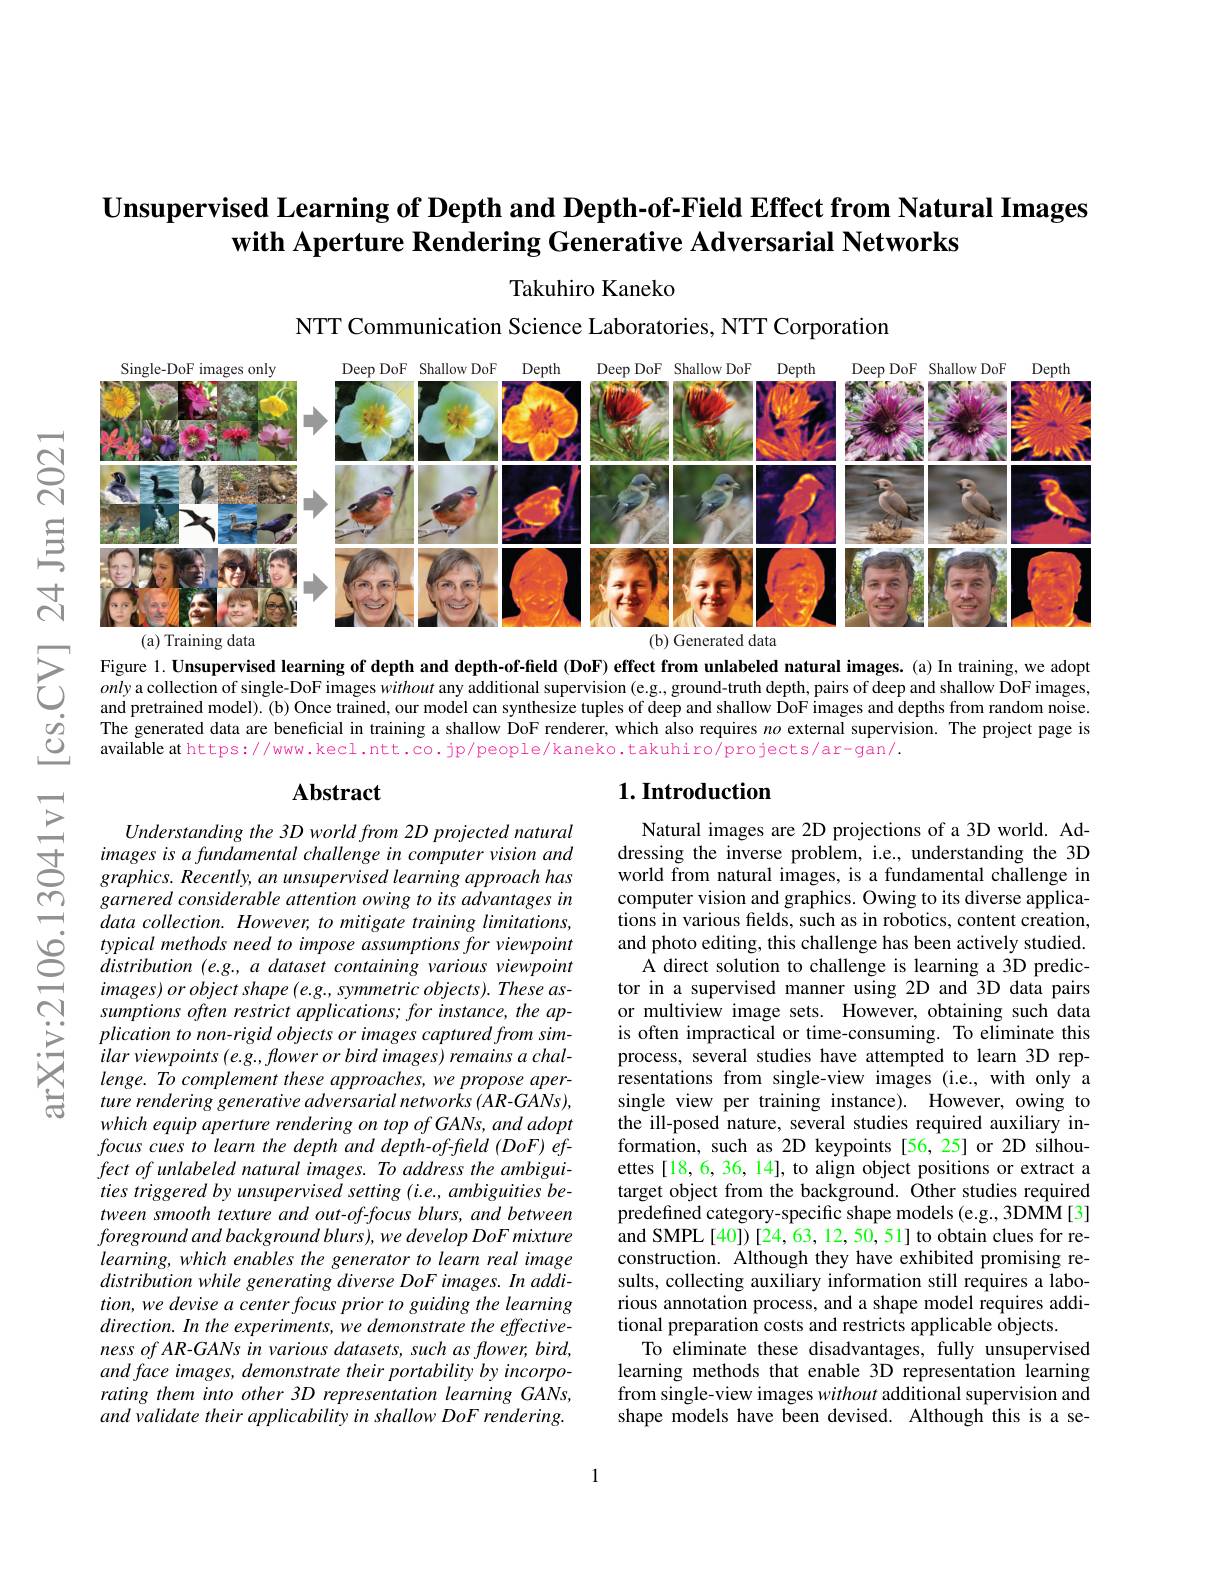
### $\textbf{Unsupervised Learning of Depth and Depth- of- Field Effect from Natural Images}$ with Aperture Rendering Generative Adversarial Networks

Takuhiro Kaneko

NTT Communication Science Laboratories, NTT Corporation

$নুর$

<FigureHere>

三

$ਨ$

( a) Training data Figure. 1 Unsuperised learning of depth and depth- offeld ( DF) effect from undeledd natral inages. ( a) In training, we adopt し only acollection of singele> oF inages vithour anyevision ( eg, g, gronund- rutubional supervison ( eg, grondu

### $1. \textbf{Introduction}$

## $\mathbf{Abstract}$

arXiv:2106.

Natural images are 2D projections of a 3D world. Addressing the inverse problem, i.e., understanding the 3D world from natural images, is a fundamental challenge in computer vision and graphics. Owing to its diverse applications in various felds, such as in robotics, content creation, and photo editing, this challenge has been actively studied.
A direct solution to challenge is learning a 3D predictor in a supervised manner using 2D and 3D data pairs or multiview image sets. However, obtaining such data is often impractical or time-consuming. To eliminate this process, several studies have attempted to learn 3D representations from single-view images (i.e., with only a single view per training instance). However, owing to the ill-posed nature, several studies required auxiliary information, such as 2D keypoints [56,25] or 2D silhouettes [18,6, 36, 14], to align object positions or extract a target object from the background. Other studies required predefined category-specific shape models (e.g., 3DMM[3] and SMPL [40])[24,63,12,50,51] to obtain clues for reconstruction. Although they have exhibited promising results, collecting auxiliary information still requires a laborious annotation process, and a shape model requires additional preparation costs and restricts applicable $\hat{\text{objects}}$
To eliminate these disadvantages, fully unsupervised learning methods that enable 3D representation learning from single-view images without additional supervision and shape models have been devised. Although this is a se-

Understanding the 3D world from 2D projected natural images is a fundamental challenge in computer vision and $graphics.Recently,anunsupervisedlearningapproachhas$ garnered considerable attention owing to its advantages in data collection. However, to mitigate training limitations, typical methods need to impose assumptions for viewpoint distribution (e.g., a dataset containing various viewpoint images) or object shape (e.g., symmetric objects). These assumptions often restrict applications; for instance, the application to non-rigid objects or images captured from similar viewpoints (e.g., flower or bird images) remains a challenge. To complement these approaches, we propose aperture rendering generative adversarial networks (AR-GANs), which equip aperture rendering on top of GANs, and adopt focus cues to learn the depth and depth-of-field (DoF) effect of unlabeled natural images. To address the ambiguities triggered by unsupervised setting (i.e., ambiguities between smooth texture and out-of-focus blurs, and between $foregroundandbackgroundblurs),wedevelopDoFmixture$ learning, which enables the generator to learn real image distribution while generating diverse DoF images. In addition, we devise a center focus prior to guiding the learning direction. In the experiments, we demonstrate the effective- $nessofAR-GANsin$ various datasets, such as flower, bird, and face images, demonstrate their portability by incorporating them into other 3D representation learning GANs, and validate their applicability in shallow DoF rendering.

1